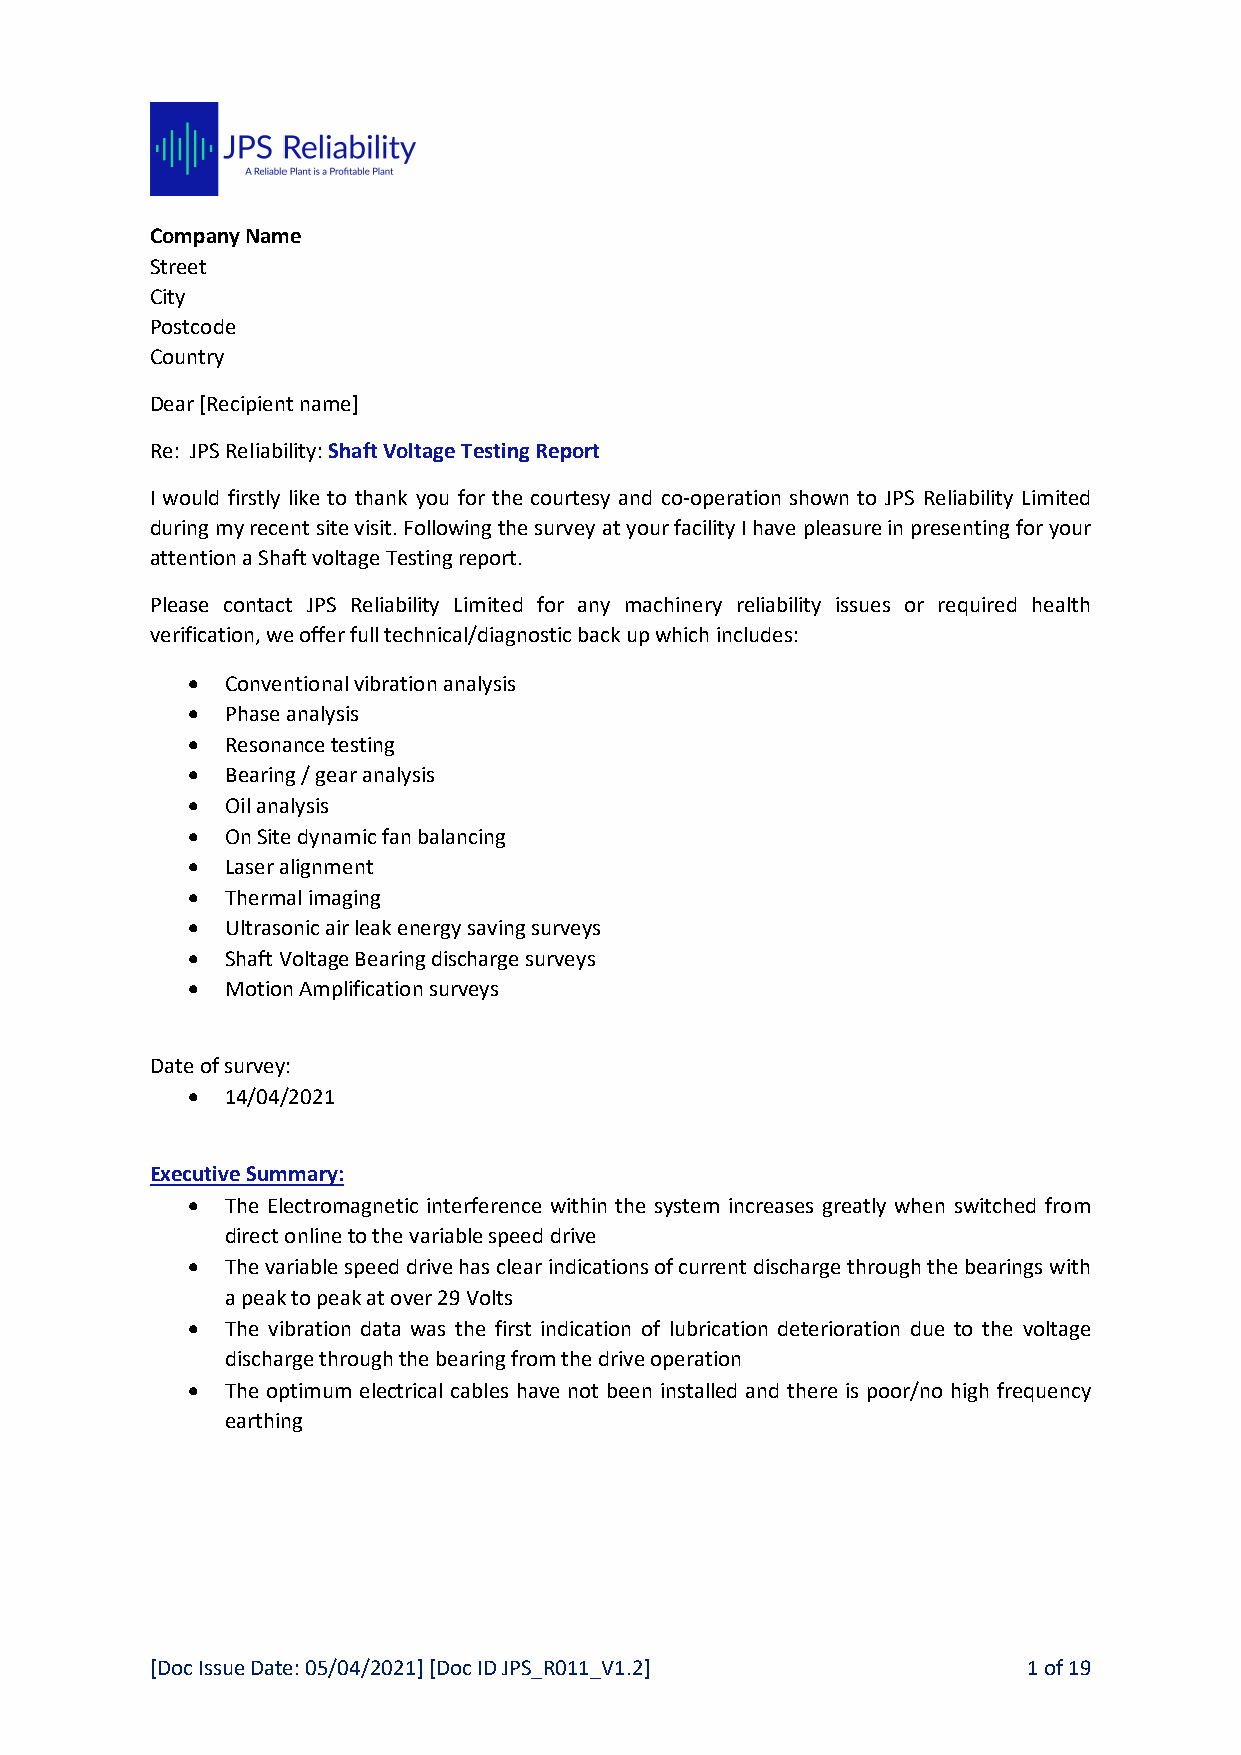
Company Name
 Street
 City
 Postcode
 Country
 Dear [Recipient name]
 Re: JPS Reliability: Shaft Voltage Testing Report
 I would firstly like to thank you for the courtesy and co-operation shown to JPS Reliability Limited
 during my recent site visit. Following the survey at your facility I have pleasure in presenting for your
 attention a Shaft voltage Testing report.
 Please contact JPS Reliability Limited for any machinery reliability issues or required health
 verification, we offer full technical/diagnostic back up which includes:
   Conventional vibration analysis
   Phase analysis
   Resonance testing
   Bearing / gear analysis
   Oil analysis
   On Site dynamic fan balancing
   Laser alignment
   Thermal imaging
   Ultrasonic air leak energy saving surveys
   Shaft Voltage Bearing discharge surveys
   Motion Amplification surveys
 Date of survey:
   14/04/2021
 Executive Summary:
   The Electromagnetic interference within the system increases greatly when switched from
 direct online to the variable speed drive
   The variable speed drive has clear indications of current discharge through the bearings with
 a peak to peak at over 29 Volts
   The vibration data was the first indication of lubrication deterioration due to the voltage
 discharge through the bearing from the drive operation
   The optimum electrical cables have not been installed and there is poor/no high frequency
 earthing
 [Doc Issue Date: 05/04/2021] [Doc ID JPS_R011_V1.2]       1 of 19